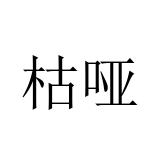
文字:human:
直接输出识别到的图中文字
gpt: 枯哑